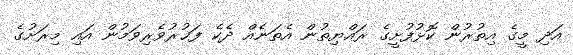
އަދި މީގެ އިތުރުން ކޮޅުފުށީގެ ރައްޔިތުން އެތަނެއް ދެކެ ފަޚުރުވެރިވަމުން އައި މިރަށުގެ